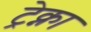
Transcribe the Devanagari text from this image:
ट्रेक्ना